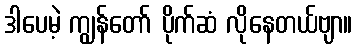
ဒါပေမဲ့ ကျွန်တော် ပိုက်ဆံ လိုနေတယ်ဗျာ။